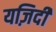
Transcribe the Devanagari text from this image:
यज़िदी